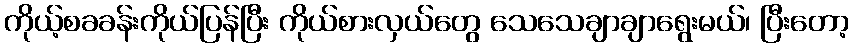
ကိုယ့်စခခန်းကိုယ်ပြန်ပြီး ကိုယ်စားလှယ်တွေ သေသေချာချာရွေးမယ်၊ ပြီးတော့